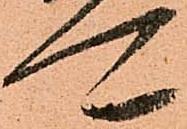
可